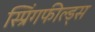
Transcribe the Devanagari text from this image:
स्प्रिंगफील्ड्स